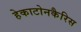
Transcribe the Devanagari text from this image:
हेकाटोनकैरिस